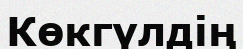
Көкгүлдің